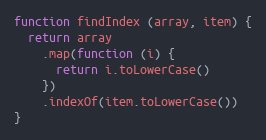
Language: JavaScript
function findIndex (array, item) {
  return array
    .map(function (i) {
      return i.toLowerCase()
    })
    .indexOf(item.toLowerCase())
}